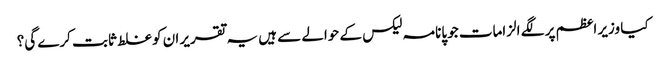
کیا وزیر اعظم پر لگے الزامات جو پانامہ لیکس کے حوالے سے ہیں یہ تقریر ان کو غلط ثابت کرے گی؟